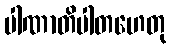
ပါဏာတိပါတဟေတု